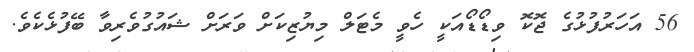
56 އަހަރުފުޅުގެ ޖޮކޮ ވިޑޯޑޯއަކީ ހެވީ މެޓަލް މިޔުޒިކަށް ވަރަށް ޝައުގުވެރިވާ ބޭފުޅެކެވެ.